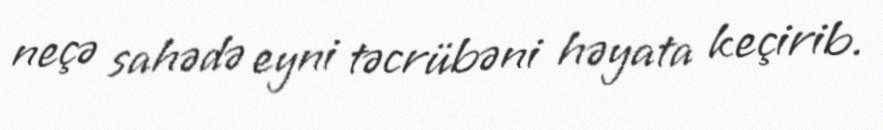
neçə sahədə eyni təcrübəni həyata keçirib.